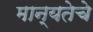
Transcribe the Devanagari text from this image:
मान्यतेचे